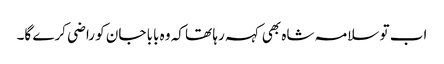
اب تو سلامہ شاہ بھی کہہ رہا تھا کہ وہ بابا جان کو راضی کرے گا۔